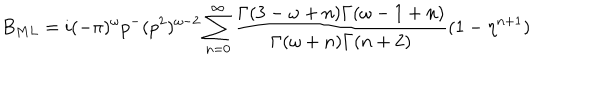
B _ { M L } = i ( - \pi ) ^ { \omega } p ^ { - } ( p ^ { 2 } ) ^ { \omega - 2 } \sum _ { n = 0 } ^ { \infty } \frac { \Gamma ( 3 - \omega + n ) \Gamma ( \omega - 1 + n ) } { \Gamma ( \omega + n ) \Gamma ( n + 2 ) } ( 1 - \eta ^ { n + 1 } )